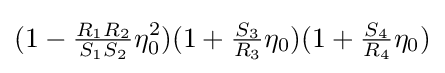
(1-{\tfrac {R_{1}R_{2}}{S_{1}S_{2}}}\eta _{0}^{2})(1+{\tfrac {S_{3}}{R_{3}}}\eta _{0})(1+{\tfrac {S_{4}}{R_{4}}}\eta _{0})